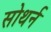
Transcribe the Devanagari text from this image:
सोथर्न